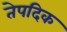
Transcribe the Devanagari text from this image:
तेपदिक